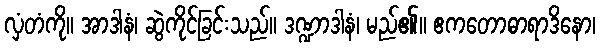
လှံတံကို။ အာဒါနံ၊ ဆွဲကိုင်ခြင်းသည်။ ဒဏ္ဍာဒါနံ၊ မည်၏။ ဧကတောဓာရာဒိနော၊